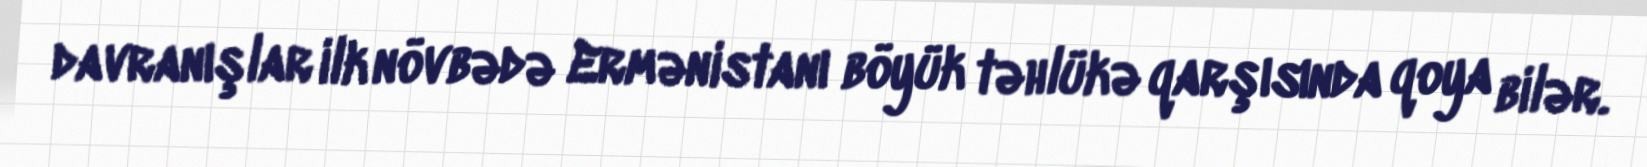
davranışlar ilk növbədə Ermənistanı böyük təhlükə qarşısında qoya bilər.